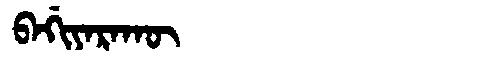
Manchu: ᠪᠠᡤᡳᠶᠠᡵᠠᡴᡡ
Romanization: BAGIYARAKŪ